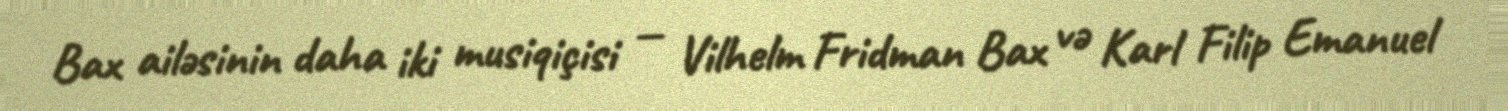
Bax ailəsinin daha iki musiqiçisi — Vilhelm Fridman Bax və Karl Filip Emanuel